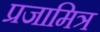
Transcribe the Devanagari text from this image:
प्रजामित्र